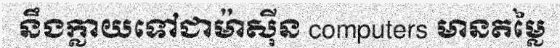
នឹងក្លាយទៅជាម៉ាស៊ីន computers មានតម្លៃ